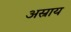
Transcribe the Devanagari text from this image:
अस्राय